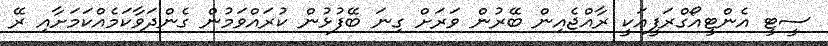
ސީޓީ އެންޓީއޯގްރަފީއަކީ ރާއްޖެއިން ބޭރުން ވަރަށް ގިނަ ބޭފުޅުން ކުރައްވަމުން ގެންދަވާކަމެއްކަމަށާއި ރޭ